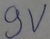
Text: 9V